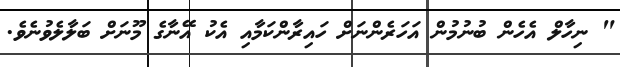
" ނިހާލް އެހެން ބުނުމުން އަހަރެންނަށް ހައިރާންކަމާއި އެކު އޭނާގެ މޫނަށް ބަލާލެވުނެވެ.